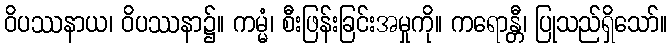
ဝိပဿနာယ၊ ဝိပဿနာ၌။ ကမ္မံ၊ စီးဖြန်းခြင်းအမှုကို။ ကရောန္တီ၊ ပြုသည်ရှိသော်။